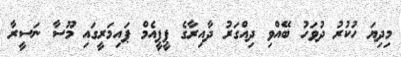
މިދިޔަ ހުކުރު ދުވަހު ބޭއްވި ދިއްގަރު ދާއިރާގެ ޕީޕީއެމް ޕައިމަރީގައި މޫސާ ނަސީރާ